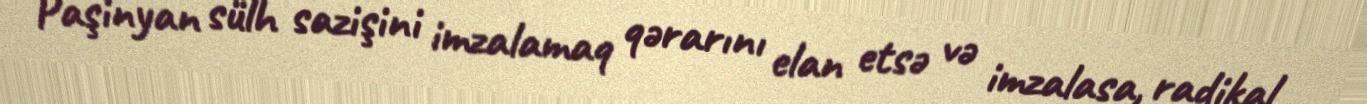
Paşinyan sülh sazişini imzalamaq qərarını elan etsə və imzalasa, radikal